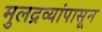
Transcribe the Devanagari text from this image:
मुलद्रव्यांपासून